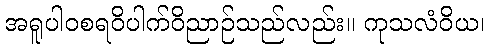
အရူပါဝစရဝိပါက်ဝိညာဉ်သည်လည်း။ ကုသလံဝိယ၊